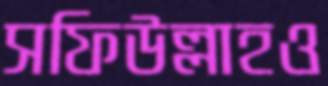
সফিউল্লাহও